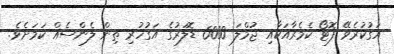
އަގުކުރެވޭ ފޮޓޯ ކެމެރާއަކާއި ޖުމްލަ 6000 ޑޮލަރުގެ އަގުހުރި ތިން ލެންސެއް ކަމަށެވެ.